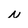
Character: N